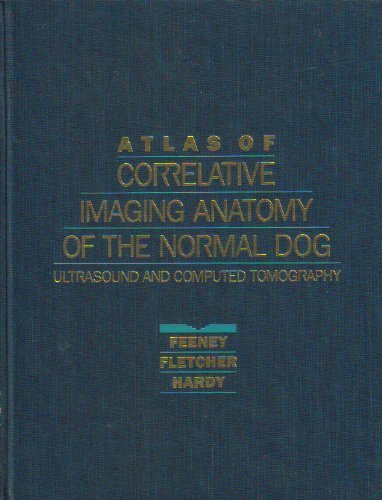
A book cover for Atlas of Correlative Imaging Anatomy of the Normal Dog: Ultrasound and Computed Tomography; Daniel A. Feeney; Medical Books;